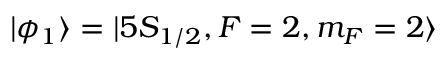
| \phi _ { 1 } \rangle = | 5 S _ { 1 / 2 } , F = 2 , m _ { F } = 2 \rangle